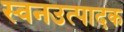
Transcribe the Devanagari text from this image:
स्वनउत्पादक